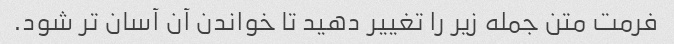
فرمت متن جمله زیر را تغییر دهید تا خواندن آن آسان تر شود.